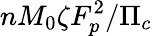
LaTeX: nM_{0}\zeta F_{p}^{2}/\Pi_{c}